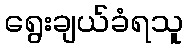
ရွေးချယ်ခံရသူ